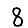
Digit: 8